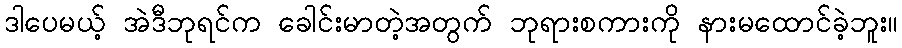
ဒါပေမယ့် အဲဒီဘုရင်က ခေါင်းမာတဲ့အတွက် ဘုရားစကားကို နားမထောင်ခဲ့ဘူး။